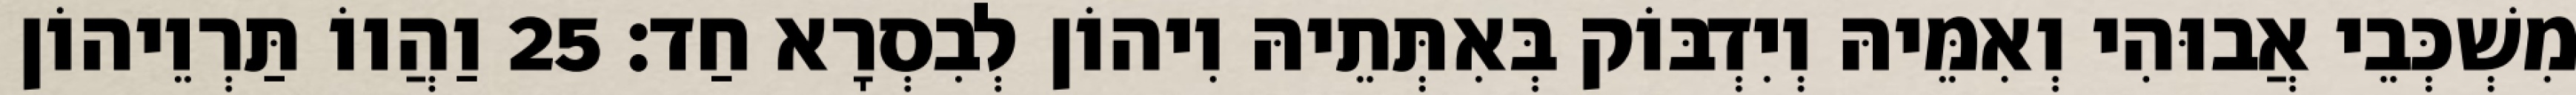
מִשְׁכְּבֵי אֲבוּהִי וְאִמֵּיהּ וְיִדְבּוֹק בְּאִתְּתֵיהּ וִיהוֹן לְבִסְרָא חַד׃ 25 וַהֲווֹ תַּרְוֵיהוֹן